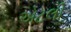
એટલી